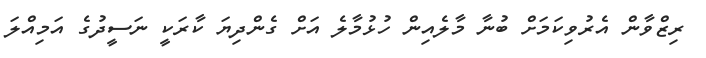
ރިޒްވާން އެރުވިކަމަށް ބުނާ މާލެއިން ހުޅުމާލެ އަށް ގެންދިޔަ ކާރަކީ ނަސީދުގެ އަމިއްލަ